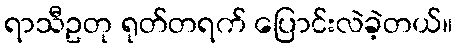
ရာသီဥတု ရုတ်တရက် ပြောင်းလဲခဲ့တယ်။